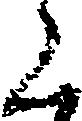
く